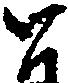
と